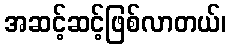
အဆင့်ဆင့်ဖြစ်လာတယ်၊